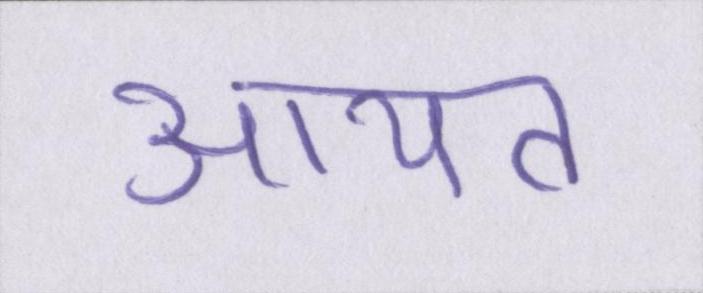
आयत